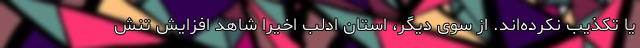
یا تکذیب نکرده‌اند. از سوی دیگر، استان ادلب اخیرا شاهد افزایش تنش